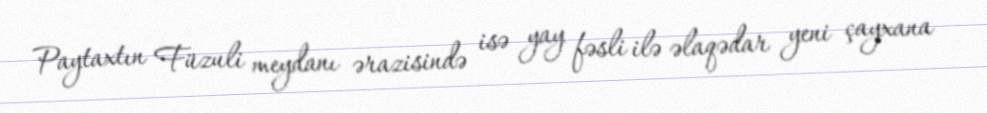
Paytaxtın Füzuli meydanı ərazisində isə yay fəsli ilə əlaqədar yeni çayxana